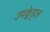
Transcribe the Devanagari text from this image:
उपक्लेड्ल